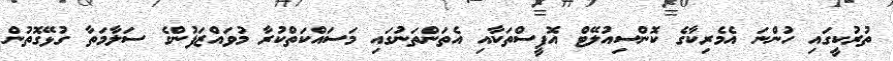
ތުރުކީގައި ހުންނަ އެމެރިކާގެ ކޮންސިއުލޭޓް އޮފީސްތަކާއި އެތަންތަނުގައި މަސައްކަތްކުރާ މުވައްޒަފުންގެ ސަލާމަތާ ގުޅޭގޮތުން